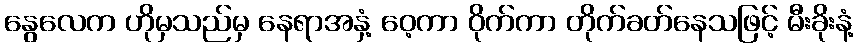
နွေလေက ဟိုမှသည်မှ နေရာအနှံ့ ဝေ့ကာ ဝိုက်ကာ တိုက်ခတ်နေသဖြင့် မီးခိုးနံ့